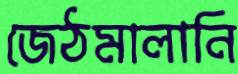
জেঠমালানি